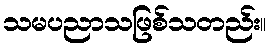
သမပညာသဖြစ်သတည်း။